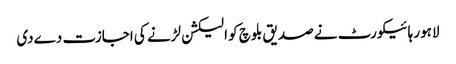
لاہور ہائیکورٹ نے صدیق بلوچ کو الیکشن لڑنے کی اجازت دےدی